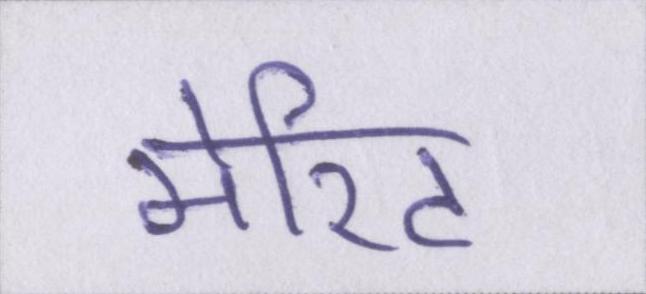
मेरिट